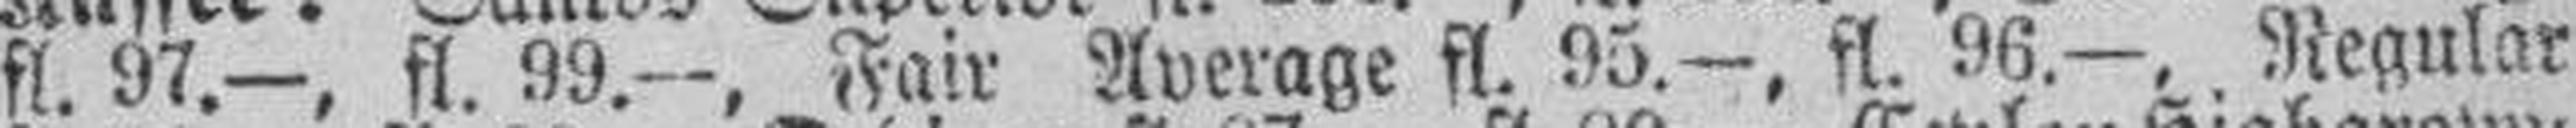
fl. 97.—, fl. 99.—, Fair Average fl. 95.—, fl. 96.—, Regular